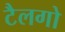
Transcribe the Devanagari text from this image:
टैलगो